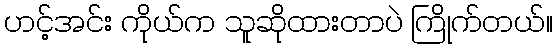
ဟင့်အင်း ကိုယ်က သူဆိုထားတာပဲ ကြိုက်တယ်။